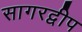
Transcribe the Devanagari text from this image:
सागरद्वीप